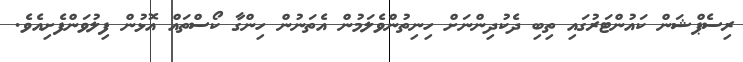
ރިސެޕްޝަން ކައުންޓަރުގައި ތިބި ދެކުދިންނަށް ހިނިތުންވެލަމުން އެތަނުން ހިންގާ ކޯސްތައް އޮޅުން ފިލުވަންފެށިއެވެ.